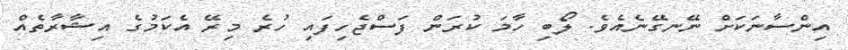
އިންސާނަކަށް ނޭނގޭނެއެވެ. ލޯބި ހާމަ ކުރަން ފަސްޖެހިފައި ހުރެ މިރޭ އެކަމުގެ އިޝާރާތެއް